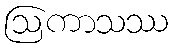
ဩကာသဿ